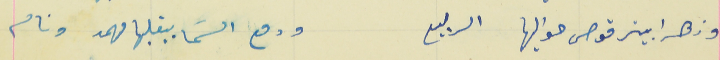
وزهرا بيترقوص حواليها الربيع                                        ودمع السَما بيقلبها مهمد ونام